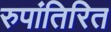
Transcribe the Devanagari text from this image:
रुपांतिरित